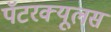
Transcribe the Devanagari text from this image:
पॅटरक्यूलस